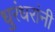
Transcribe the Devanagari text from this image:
धुरंधरांनी